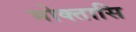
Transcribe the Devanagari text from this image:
भोक्तासि